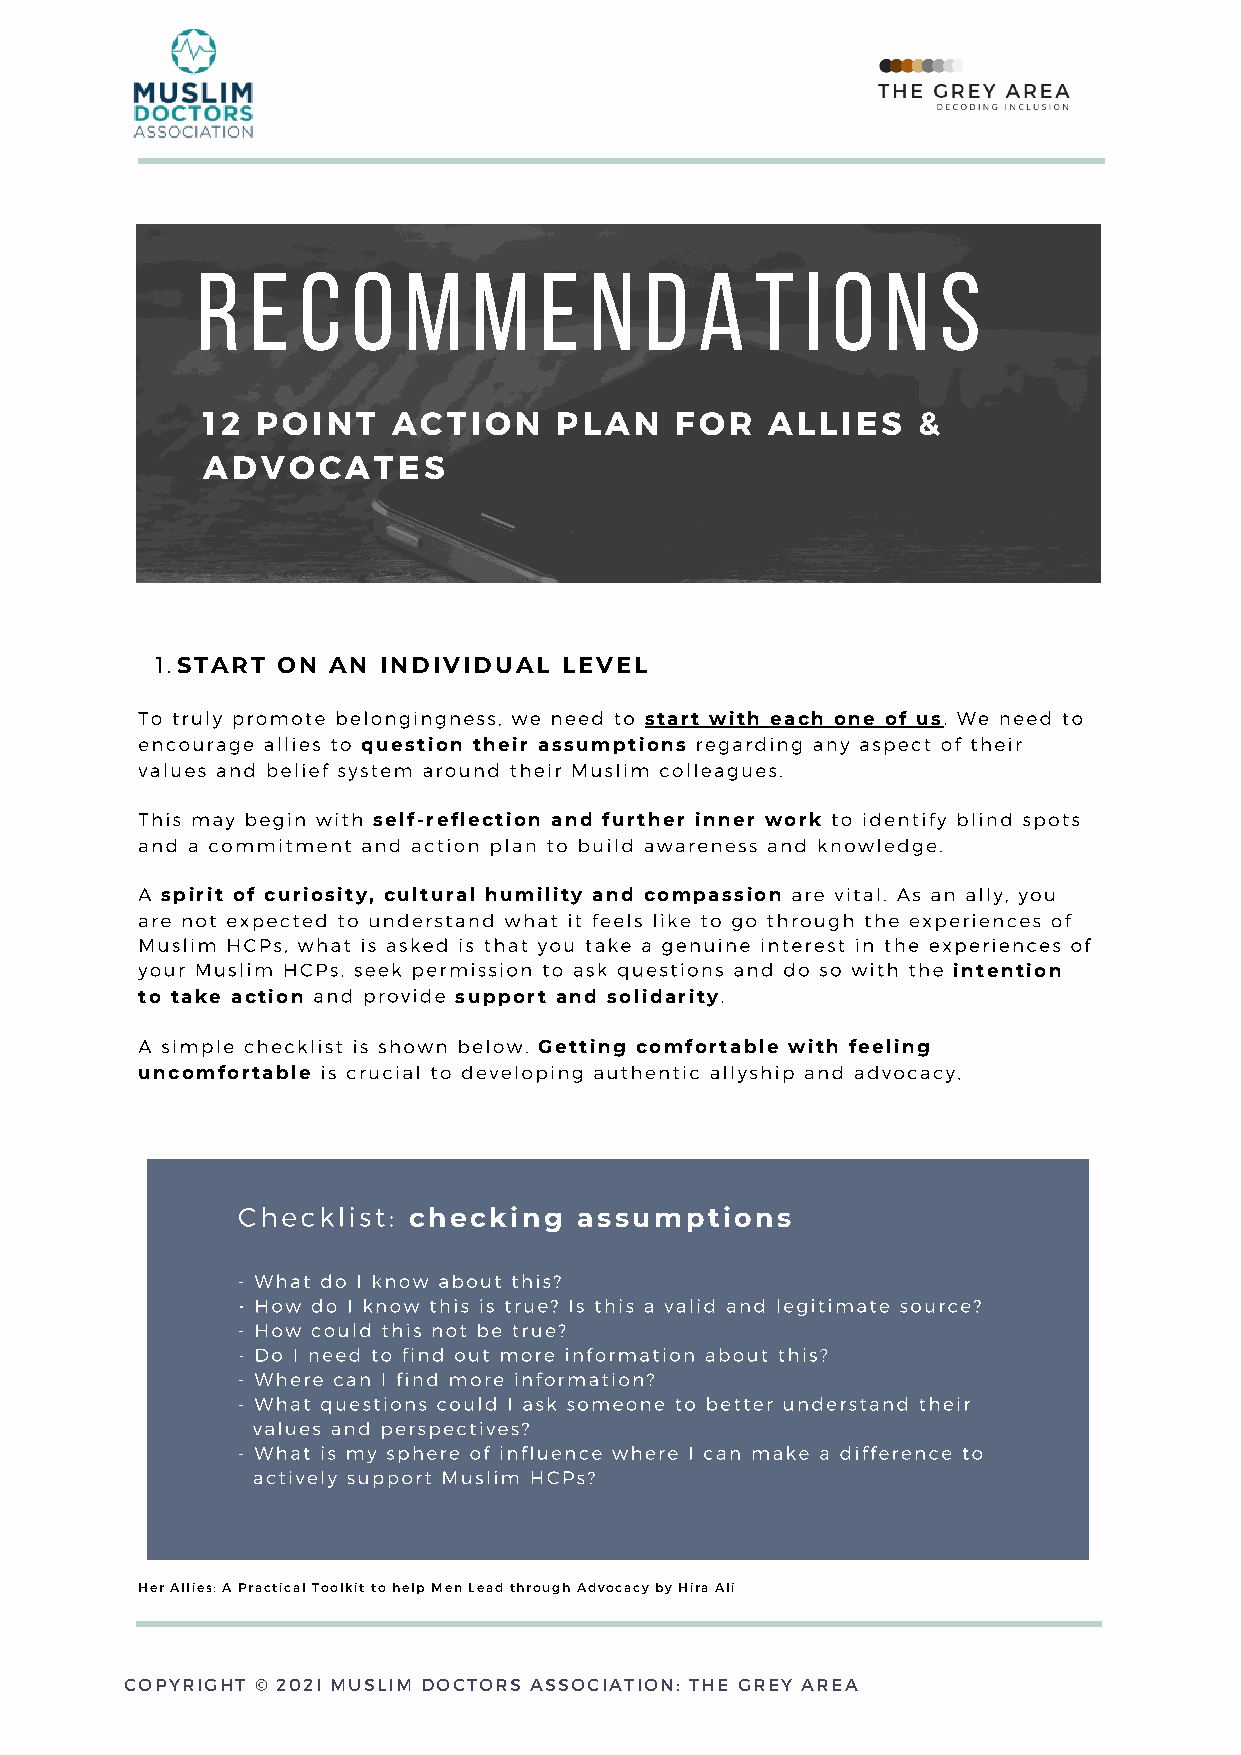
r   e  c  o   m   m    e  n   d  a   t  i o   n  s
 12  POINT    ACTION     PLAN    FOR   ALLIES    &
 ADVOCATES
 1.START ON  AN INDIVIDUAL  LEVEL
 To truly promote belongingness, we need to start with each one of us. We need to
 encourage allies to question their assumptions regarding any aspect of their
 values and belief system around their Muslim colleagues.
 This may begin with self-reflection and further inner work to identify blind spots
 and a commitment and action plan to build awareness and knowledge.
 A spirit of curiosity, cultural humility and compassion are vital. As an ally, you
 are not expected to understand what it feels like to go through the experiences of
 Muslim HCPs, what is asked is that you take a genuine interest in the experiences of
 your Muslim HCPs, seek permission to ask questions and do so with the intention
 to take action and provide support and solidarity.
 A simple checklist is shown below. Getting comfortable with feeling
 uncomfortable is crucial to developing authentic allyship and advocacy,
 Checklist:
 checking   assumptions
 - What do I know about this?
 - How do I know this is true? Is this a valid and legitimate source?
 - How could this not be true?
 - Do I need to find out more information about this?
 - Where can I find more information?
 - What questions could I ask someone to better understand their
 values and perspectives?
 - What is my sphere of influence where I can make a difference to
 actively support Muslim HCPs?
 .
 Her Allies: A Practical Toolkit to help Men Lead through Advocacy by Hira Ali
 COPYRIGHT © 202I MUSLIM DOCTORS ASSOCIATION: THE GREY AREA